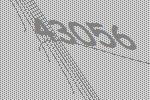
43056